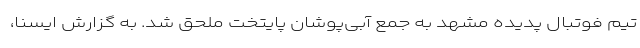
تیم فوتبال پدیده مشهد به جمع آبی‌پوشان پایتخت ملحق شد. به گزارش ایسنا،